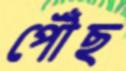
পৌঁছ